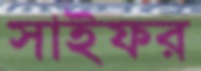
সাইফর